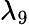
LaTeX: \lambda_{9}